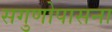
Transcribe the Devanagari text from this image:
सगुणोपासना